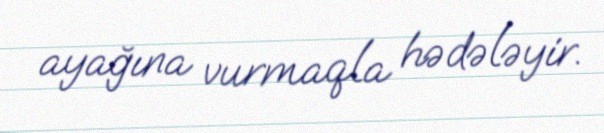
ayağına vurmaqla hədələyir.